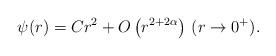
LaTeX: \begin{align*}\psi(r)=Cr^{2}+O\left(r^{2+2\alpha}\right)\,(r\rightarrow0^{+}).\end{align*}